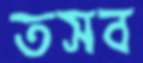
তসব